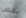
بعض